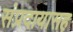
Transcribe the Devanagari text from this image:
संप्रदायासह